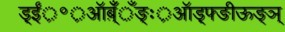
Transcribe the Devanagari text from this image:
ड़्ईं़॰़ऑब़्ँँँङ्ः़ऑड़्फ्ङीऊङ्ञ्